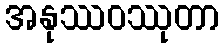
အနုဿဝဿုတာ